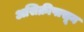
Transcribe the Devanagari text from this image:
असिक्रीपासून